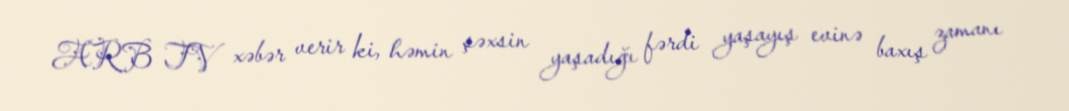
ARB TV xəbər verir ki, həmin şəxsin yaşadığı fərdi yaşayış evinə baxış zamanı